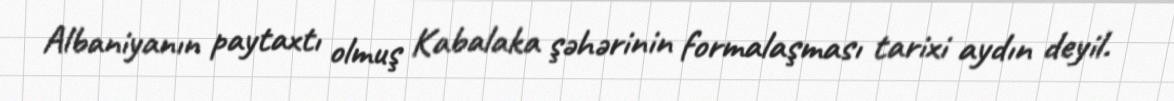
Albaniyanın paytaxtı olmuş Kabalaka şəhərinin formalaşması tarixi aydın deyil.